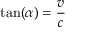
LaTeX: \tan ( \alpha ) = { \frac { v } { c } }